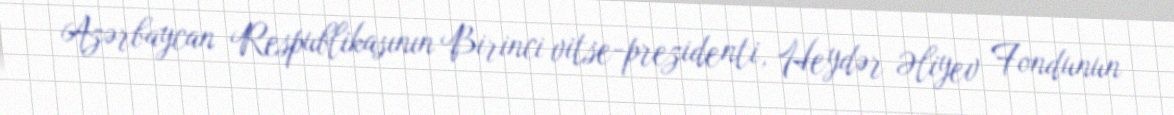
Azərbaycan Respublikasının Birinci vitse-prezidenti, Heydər Əliyev Fondunun